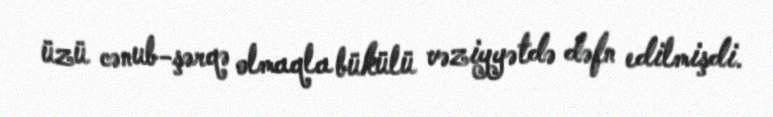
üzü cənub-şərqə olmaqla bükülü vəziyyətdə dəfn edilmişdi.